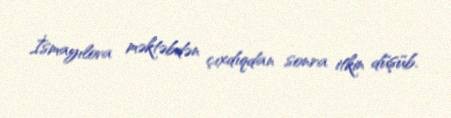
İsmayılova məktəbdən çıxdıqdan sonra itkin düşüb.